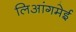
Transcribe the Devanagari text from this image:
लिआंगमेई